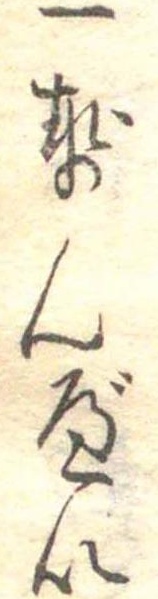
一せんべい